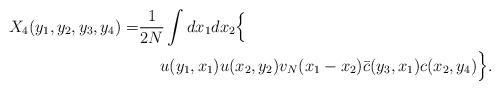
LaTeX: \begin{align*}X_4(y_1, y_2, y_3, y_4)=& \frac{1}{2N}\int dx_1dx_2 \Big\{ \\&\quad\ u(y_1, x_1)u(x_2, y_2)v_N(x_1-x_2) \bar c(y_3, x_1)c(x_2, y_4) \Big\}.\end{align*}